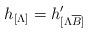
LaTeX: \begin{align*}h_{[\Lambda]}=h'_{[\Lambda \overline B]}\end{align*}